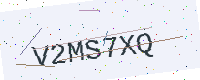
Text: V2MS7XQ